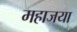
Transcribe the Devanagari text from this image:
महाजया